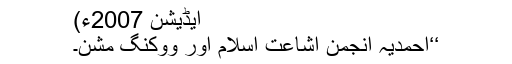
ایڈیشن 2007ء)
‘‘احمدیہ انجمن اشاعت اسلام اور ووکنگ مشن۔